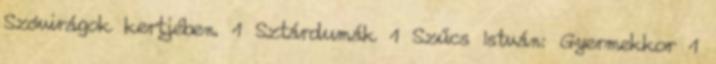
Szóvirágok kertjében. 1 Sztárdumák 1 Szűcs István: Gyermekkor 1